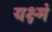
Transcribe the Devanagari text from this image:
यक्ष्मं